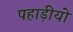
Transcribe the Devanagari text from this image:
पहाड़ीयो